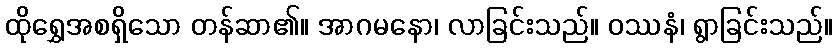
ထိုရွှေအစရှိသော တန်ဆာ၏။ အာဂမနော၊ လာခြင်းသည်။ ဝဿနံ၊ ရွာခြင်းသည်။